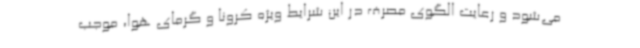
می‌شود و رعایت الگوی مصرف در این شرایط ویژه کرونا و گرمای هوا، موجب